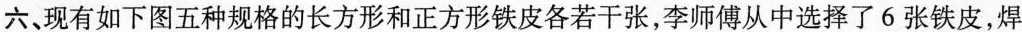
六、现有如下图五种规格的长方形和正方形铁皮各若干张，李师傅从中选择了6张铁皮，焊